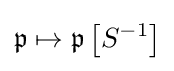
{\mathfrak {p}}\mapsto {\mathfrak {p}}\left[S^{-1}\right]